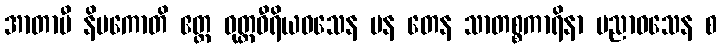
အာတာပီ နိပကောတိ ဧတ္ထ ဝုတ္တဝီရိယဝသေန ပန တေန သာတစ္စကာရိနာ ပညာဝသေန စ